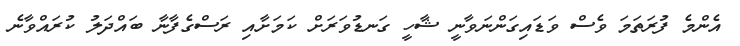
އެންމެ ފުރަތަމަ ވެސް ވަޑައިގަންނަވާނީ ޝާހީ ގަނޑުވަރަށް ކަމަށާއި ރަސްގެފާނާ ބައްދަލު ކުރައްވާނެ